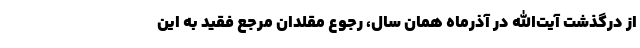
از درگذشت آیت‌الله در آذرماه همان سال، رجوع مقلدان مرجع فقید به این